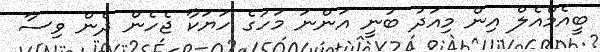
ބީއެމްއެލް އިން މިއަދު ބުނީ އަންނަ މަހުގެ ހަޔަކާ ޖެހެން ދެން ވިސާ